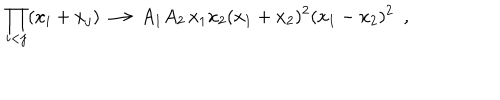
\prod _ { i < j } ( x _ { i } + x _ { j } ) \longrightarrow A _ { 1 } A _ { 2 } \, x _ { 1 } x _ { 2 } ( x _ { 1 } + x _ { 2 } ) ^ { 2 } ( x _ { 1 } - x _ { 2 } ) ^ { 2 } \, \, \, ,